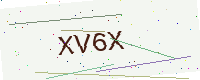
Text: XV6X